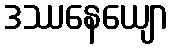
ဒဿနေယျော